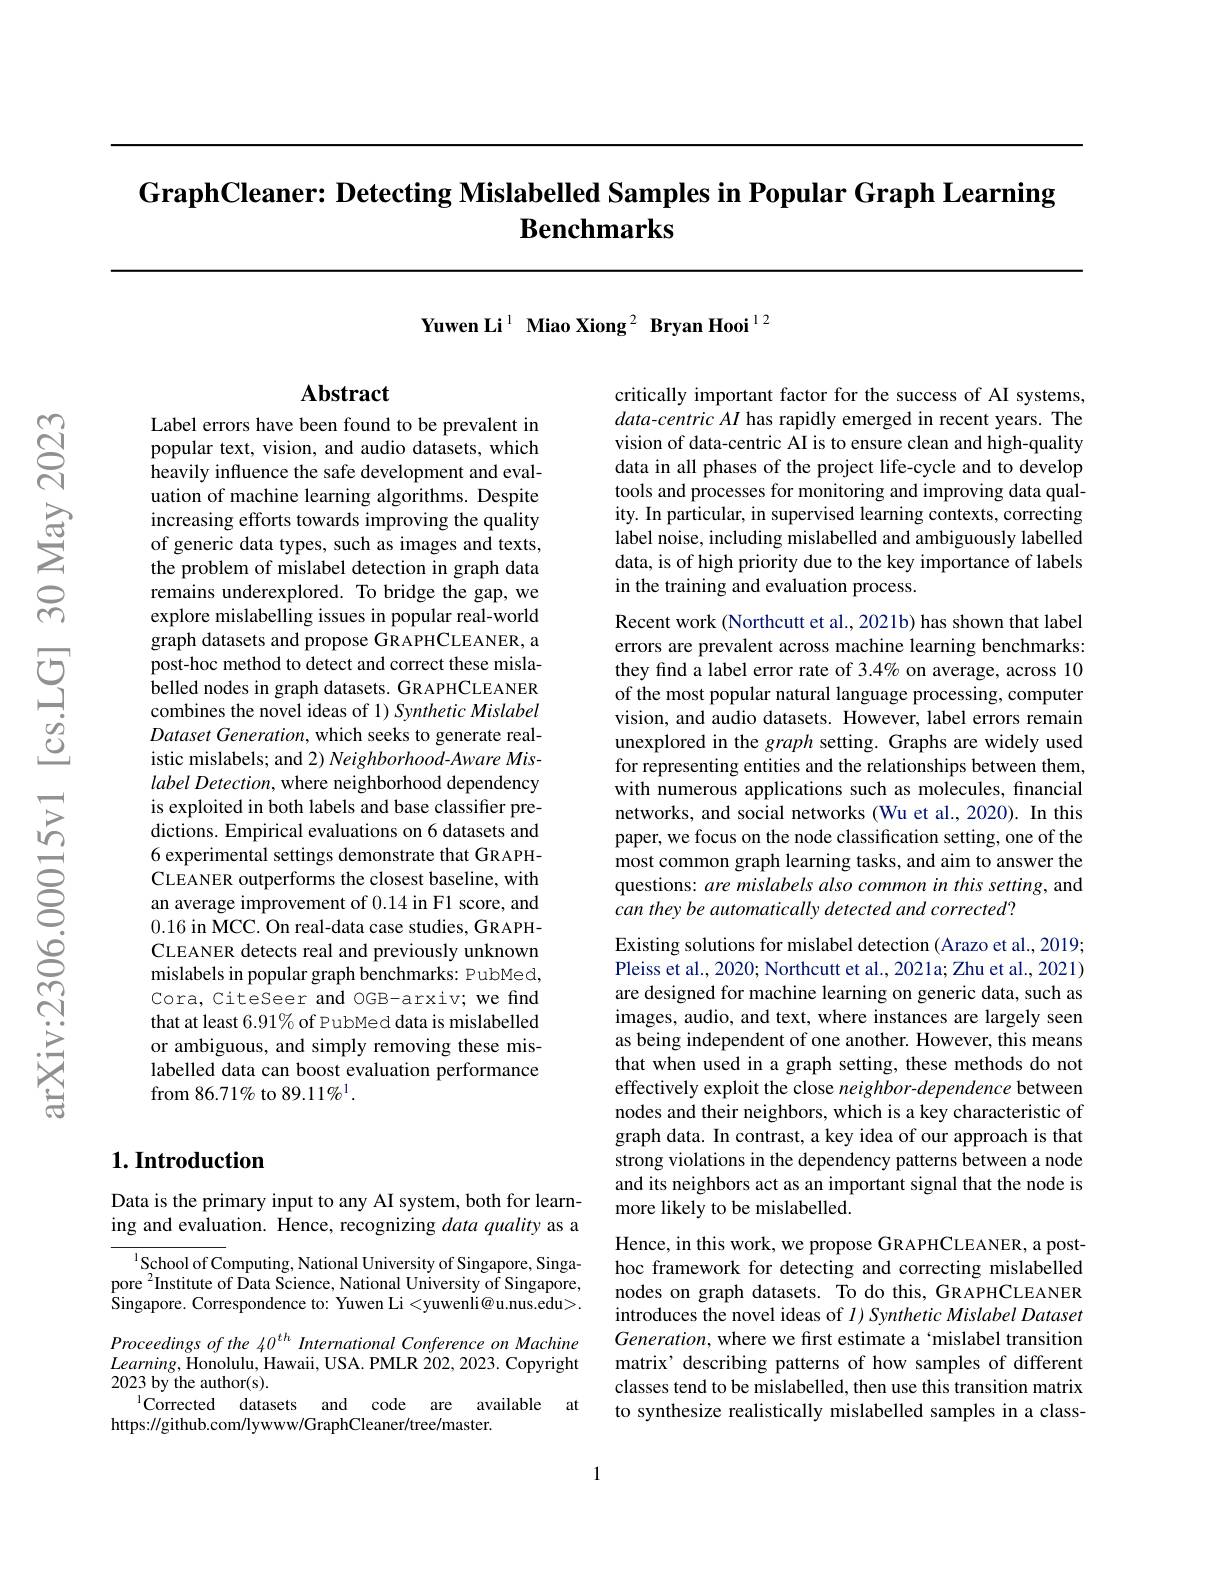
# GraphCleaner: Detecting Mislabelled Samples in Popular Graph Learning $\textbf{Benchmarks}$

Yuwen Li$^{1}$ Miao Xiong$^{2}$ Bryan Hooi$^{12}$

## $\mathbf{Abstract}$

Label errors have been found to be prevalent in popular text, vision, and audio datasets, which heavily influence the safe development and evaluation of machine learning algorithms. Despite increasing efforts towards improving the quality of generic data types, such as images and texts, the problem of mislabel detection in graph data remains underexplored. To bridge the gap, we explore mislabelling issues in popular real-world graph datasets and propose GRAPHCLEANER, a post-hoc method to detect and correct these mislabelled nodes in graph datasets. GRAPHCLEANER combines the novel ideas of 1) Synthetic Mislabel Dataset Generation, which seeks to generate realistic mislabels; and 2) Neighborhood-Aware Mislabel Detection, where neighborhood dependency is exploited in both labels and base classifier predictions. Empirical evaluations on 6 datasets and 6 experimental settings demonstrate that GRAPHCLEANER outperforms the closest baseline, with an average improvement of 0.14 in F1 score, and 0.16 in MCC. On real-data case studies, GRAPHCLEANER detects real and previously unknown mislabels in popular graph benchmarks: PubMed, Cora, CiteSeer and OGB-arxiv; we find that at least 6.91% of PubMed data is mislabelled or ambiguous, and simply removing these mislabelled data can boost evaluation performance from 86.71% to 89.11% 1.

### $1. \textbf{Introduction}$

Data is the primary input to any AI system, both for learning and evaluation. Hence, recognizing data quality as a

$^{1}$School of Computing, National University of Singapore, Singapore $^{2}$Institute of Data Science, National University of Singapore, Singapore. Correspondence to: Yuwen Li<yuwenli@u.nus.edu>. Proceedings of the 40$^{th}$ International Conference on Machine $Learning$,Honolulu, Hawaii, USA. PMLR 202, 2023. Copyright 2023 by the author(s).
Corrected datasets and code are available at
https://github.com/lywww/GraphCleaner/tree/master.

critically important factor for the success of AI systems, data-centric AI has rapidly emerged in recent years. The vision of data-centric AI is to ensure clean and high-quality data in all phases of the project life-cycle and to develop tools and processes for monitoring and improving data quality. In particular, in supervised learning contexts, correcting label noise, including mislabelled and ambiguously labelled data, is of high priority due to the key importance of labels in the training and evaluation process.

Recent work (Northcutt et al., 2021b) has shown that label

errors are prevalent across machine learning benchmarks:

they find a label error rate of 3.4% on average, across 10

of the most popular natural language processing, computer

vision, and audio datasets. However, label errors remain

unexplored in the graph setting. Graphs are widely used

for representing entities and the relationships between them,

with numerous applications such as molecules, financial

networks, and social networks (Wu et al., 2020). In this

paper, we focus on the node classification setting, one of the

most common graph learning tasks, and aim to answer the

questions: are mislabels also common in this setting, and

can they be automatically detected and corrected?

Existing solutions for mislabel detection (Arazo et al., 2019; Pleiss et al., 2020; Northcutt et al., 2021a; Zhu et al., 2021) are designed for machine learning on generic data, such as images, audio, and text, where instances are largely seen as being independent of one another. However, this means that when used in a graph setting, these methods do not effectively exploit the close neighbor-dependence between nodes and their neighbors, which is a key characteristic of graph data. In contrast, a key idea of our approach is that strong violations in the dependency patterns between a node and its neighbors act as an important signal that the node is more likely to be mislabelled.

Hence, in this work, we propose GRAPHCLEANER, a posthoc framework for detecting and correcting mislabelled nodes on graph datasets. To do this, GRAPHCLEANER introduces the novel ideas of $I) \textit{Synthetic Mislabel Dataset}$ Generation, where we first estimate a ‘mislabel transition matrix’ describing patterns of how samples of different classes tend to be mislabelled, then use this transition matrix to synthesize realistically mislabelled samples in a class-

1